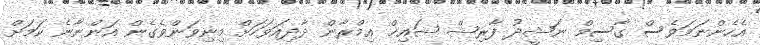
އެހެންނަމަވެސް ގާސިމް ނަޝީދު ފާރިޝް ޝައިޚް އިމްރާން ދާދިއަވަހަށް މިނިވަންވެގެން އަންނާނެ ކަމަށް